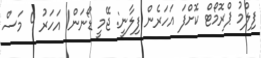
ފިލްމު ޕްރޮމޯޓް ކޮށްފަ އަހަރެން ފިލާނީ: ޖޭމީ ޑޯނަން1 އަހަރު 9 މަސް